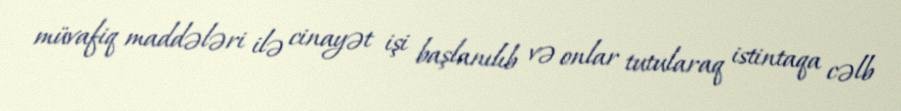
müvafiq maddələri ilə cinayət işi başlanılıb və onlar tutularaq istintaqa cəlb